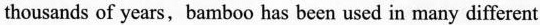
thousands of years,bamboo has been used in many different